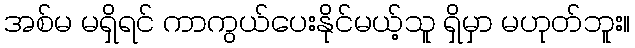
အစ်မ မရှိရင် ကာကွယ်ပေးနိုင်မယ့်သူ ရှိမှာ မဟုတ်ဘူး။